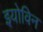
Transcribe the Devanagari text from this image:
इयोविन